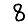
Digit: 8